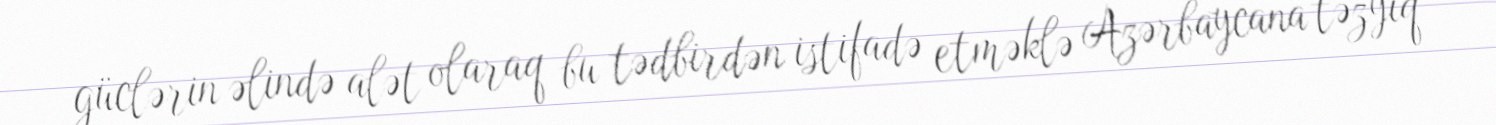
güclərin əlində alət olaraq bu tədbirdən istifadə etməklə Azərbaycana təzyiq